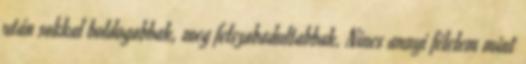
után sokkal boldogabbak, meg felszabadultabbak. Nincs annyi félelem mint